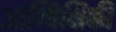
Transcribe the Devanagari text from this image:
आन्विक्षिकी